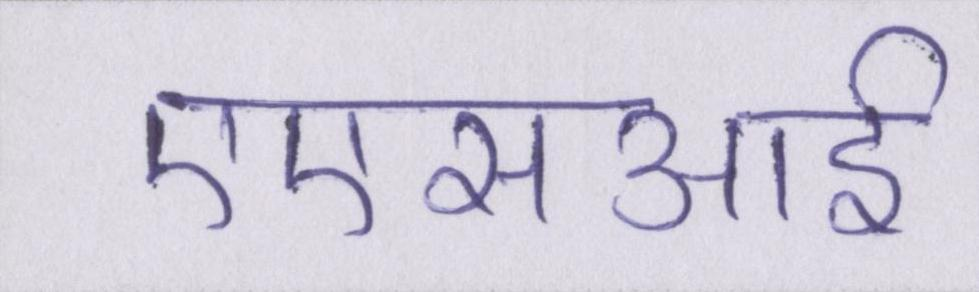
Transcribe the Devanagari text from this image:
एएसआई